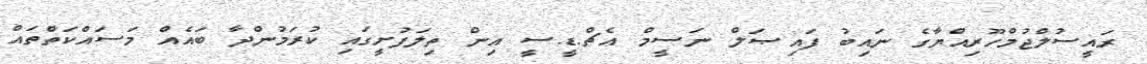
ރައީސުލްޖުމްހޫރިއްޔާގެ ނައިބު ފައިޞަލް ނަސީމް އެޗް.ޑީ.ސީ އިން ތިލަފުށީގައި ކުރަމުންދާ ބައެއް މަސައްކަތްތައް